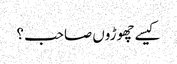
کیسے چھوڑوں صاحب ؟